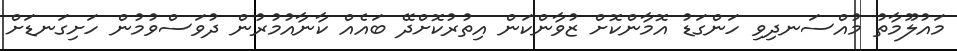
މައުލޫމާތު މުއްސަނދިވި ހަންގަޑު އޮމާންކޮށް ޒުވާންކަން އިތުރުކޮށްދޭ ބައެއް ކާނާއުމުރުން ދުވަސްވުމުން ހަށިގަނޑަށް